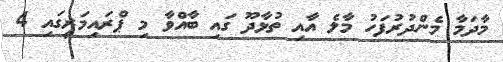
މާދަމާ މެންދުރުފަހު މާލެ އާއި ތުޅާދޫ ގައި ބާއްވާ މި ޕްރައިމަރީގައި 4